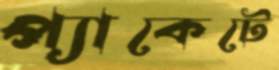
প্যাকেটে